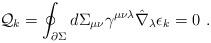
LaTeX: \begin{align*}{\cal Q}_{k} = \oint_{\partial \Sigma} d\Sigma_{\mu\nu}\gamma^{\mu\nu\lambda}\hat \nabla _\lambda \epsilon_k =0 \ .\end{align*}